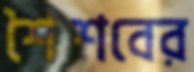
শৈশবের